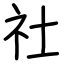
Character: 社